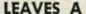
LEAVES A